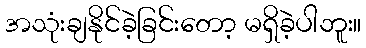
အသုံးချနိုင်ခဲ့ခြင်းတော့ မရှိခဲ့ပါဘူး။